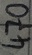
Text: 470